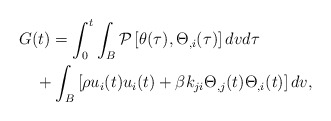
\begin{align*}\begin{aligned} & G(t)=\int_{0}^{t}\int_{B}\mathcal{\mathcal{P}}\left[\theta(\tau),\Theta{}_{,i}(\tau)\right]dvd\tau\\ & \quad+\int_{B}\left[\rho u_{i}(t)u_{i}(t)+\beta k_{ji}\Theta_{,j}(t)\Theta_{,i}(t)\right]dv,\end{aligned}\end{align*}